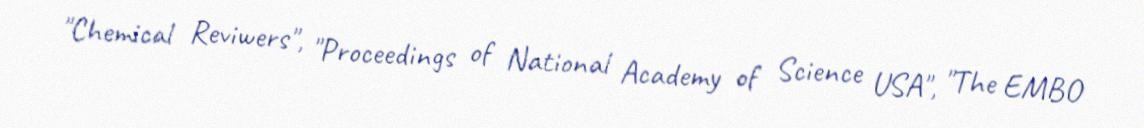
"Chemical Reviwers", "Proceedings of National Academy of Science USA", "The EMBO